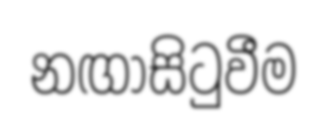
නඟාසිටුවීම